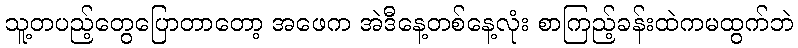
သူ့တပည့်တွေပြောတာတော့ အဖေက အဲဒီနေ့တစ်နေ့လုံး စာကြည့်ခန်းထဲကမထွက်ဘဲ